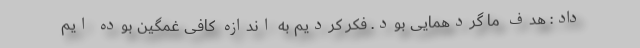
داد: هدف ما گردهمایی بود. فکر کردیم به اندازه کافی غمگین بوده ایم